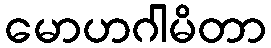
မောဟဂါမိတာ